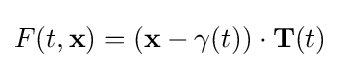
F(t,{\mathbf {x} })=({\mathbf {x} }-\gamma (t))\cdot {\mathbf {T} }(t)\